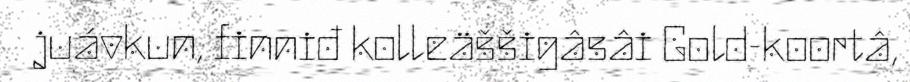
juávkun, finniđ kolleäššigâsâi Gold-koortâ,